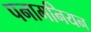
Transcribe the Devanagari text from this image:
पनामनियन